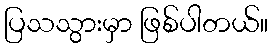
ပြသသွားမှာ ဖြစ်ပါတယ်။